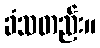
ခံသတည်း။